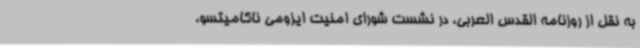
به نقل از روزنامه القدس العربی، در نشست شورای امنیت ایزومی ناکامیتسو،